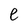
Character: e